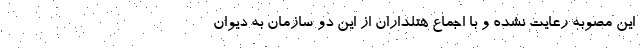
این مصوبه رعایت نشده و با اجماع هتلداران از این دو سازمان به دیوان